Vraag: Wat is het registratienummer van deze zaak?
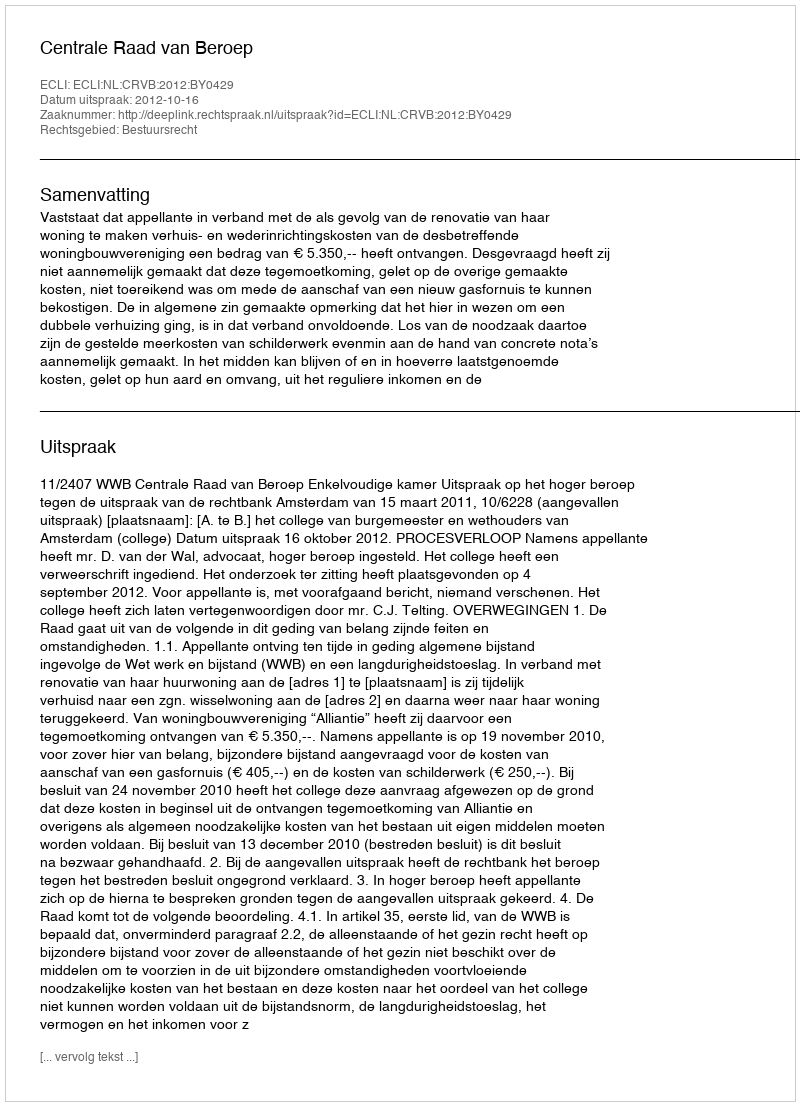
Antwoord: http://deeplink.rechtspraak.nl/uitspraak?id=ECLI:NL:CRVB:2012:BY0429